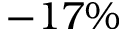
- 1 7 \%